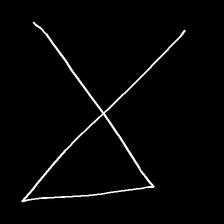
Glyph: collection